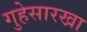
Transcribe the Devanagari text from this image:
गुहेसारखा